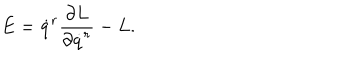
E = \dot { q } ^ { r } \frac { \partial L } { \partial \dot { q } ^ { r } } - L .